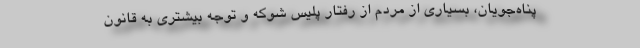
پناه‌جویان، بسیاری از مردم از رفتار پلیس شوکه و توجه بیشتری به قانون